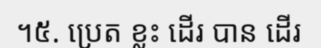
។៥. ប្រេត ខ្លះ ដើរ បាន ដើរ